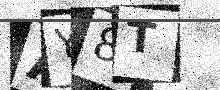
Text: AY8T